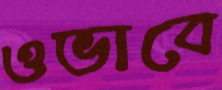
ওভাবে